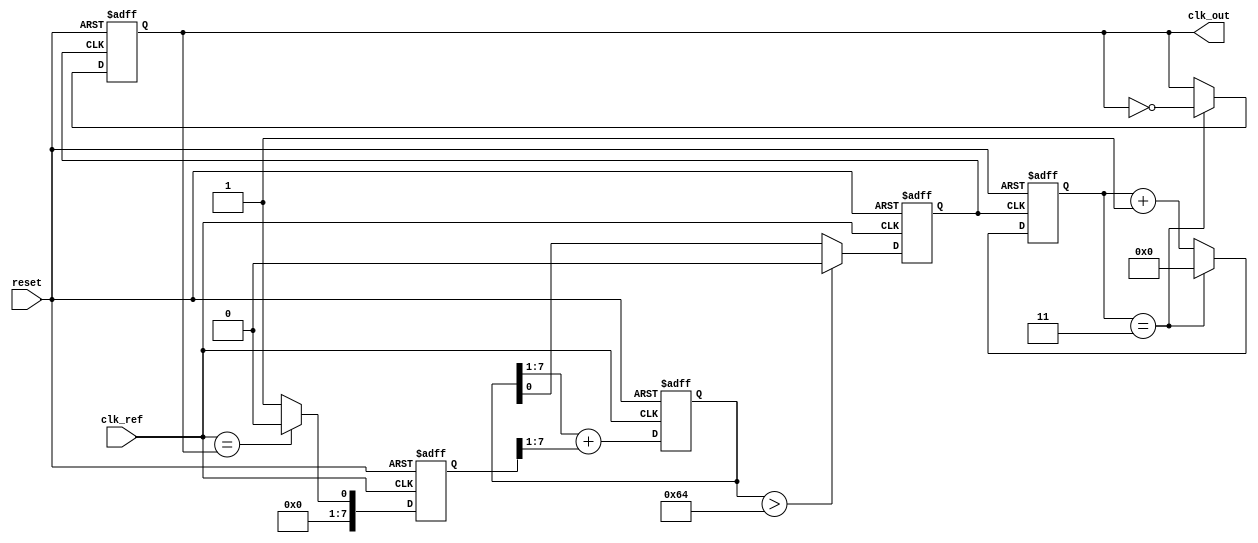
module low_jitter_pll (
    input wire clk_ref,         // Reference clock input
    input wire reset,          // Reset signal
    output wire clk_out        // Output clock
);

    // Parameters
    parameter DIV_FACTOR = 4;  // Frequency divider factor
    parameter VCO_MAX_FREQ = 100; // Max VCO frequency (arbitrary units)
    
    // Internal signals
    reg [7:0] phase_error;      // Phase error signal from PD
    reg [7:0] control_voltage;   // Control voltage for VCO
    reg [7:0] vco_output;        // VCO output frequency
    reg [7:0] lpf_output;        // LPF output
    reg [3:0] divider_count;     // Divider count
    reg clk_div;                 // Divided clock output

    // Phase Detector (PD)
    always @(posedge clk_ref or posedge reset) begin
        if (reset) begin
            phase_error <= 8'b0;
        end else begin
            // Simple phase error calculation (for demonstration)
            // In a real design, this would be more complex
            phase_error <= (clk_ref == clk_div) ? 8'b0 : 8'b1;
        end
    end

    // Low-Pass Filter (LPF)
    always @(posedge clk_ref or posedge reset) begin
        if (reset) begin
            lpf_output <= 8'b0;
        end else begin
            // Simple LPF implementation (first-order)
            lpf_output <= (lpf_output >> 1) + (phase_error >> 1);
        end
    end

    // Voltage-Controlled Oscillator (VCO)
    always @(posedge clk_ref or posedge reset) begin
        if (reset) begin
            vco_output <= 8'b0;
        end else begin
            // Control voltage determines VCO frequency
            vco_output <= (lpf_output > VCO_MAX_FREQ) ? VCO_MAX_FREQ : lpf_output;
        end
    end

    // Frequency Divider
    always @(posedge vco_output[0] or posedge reset) begin
        if (reset) begin
            divider_count <= 4'b0;
            clk_div <= 1'b0;
        end else begin
            if (divider_count == DIV_FACTOR - 1) begin
                clk_div <= ~clk_div; // Toggle divided clock
                divider_count <= 4'b0;
            end else begin
                divider_count <= divider_count + 1;
            end
        end
    end

    // Output Buffer
    assign clk_out = clk_div;

endmodule